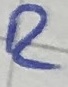
Text: R